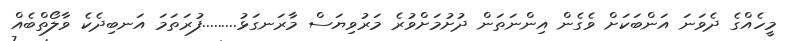
މީހެއްގެ ދެވަނަ އަންބަކަށް ވެގެން އިންނަތަން ދުށުމަށްވުރެ މަރުވިޔަސް މާރަނގަޅު.........ފުރަތަމަ އަނބިދެކެ ވާލޯތްބެއް